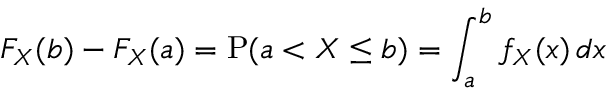
F _ { X } ( b ) - F _ { X } ( a ) = \operatorname { P } ( a < X \leq b ) = \int _ { a } ^ { b } f _ { X } ( x ) \, d x